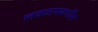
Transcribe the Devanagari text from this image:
लक्जमबर्गीस